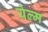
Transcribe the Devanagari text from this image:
येल्म